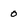
Character: 0